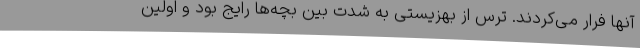
آنها فرار می‌کردند. ترس از بهزیستی به شدت بین بچه‌ها رایج بود و اولین